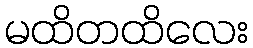
မထိတထိလေး